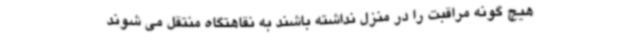
هیچ گونه مراقبت را در منزل نداشته باشند به نقاهتگاه منتقل می شوند